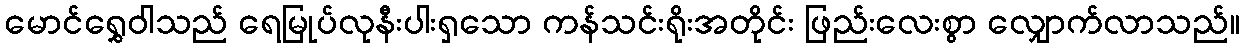
မောင်ရွှေဝါသည် ရေမြုပ်လုနီးပါးရှသော ကန်သင်းရိုးအတိုင်း ဖြည်းလေးစွာ လျှောက်လာသည်။